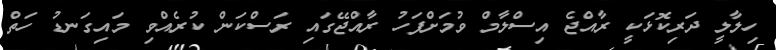
ހިލާލީ ދަރިކޮޅަކީ ރާއްޖެ އިސްލާމް ވުމަށްފަހު ރާއްޖޭގައި ރަސްކަން ކުރެއްވި މައިގަނޑު ހަތް